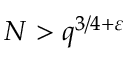
N > q ^ { 3 / 4 + \varepsilon }